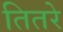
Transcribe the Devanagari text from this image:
तितरे